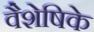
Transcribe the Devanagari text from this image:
वैशेषिके